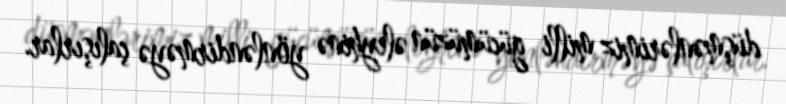
düşmənlərimiz milli gücümüzün əleyhinə yönləndirməyə çalışırlar.